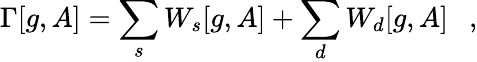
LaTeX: \Gamma[g,A]=\sum_{s}W_{s}[g,A]+\sum_{d}W_{d}[g,A]~~~,